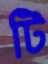
টি